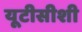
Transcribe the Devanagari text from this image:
यूटीसीशी